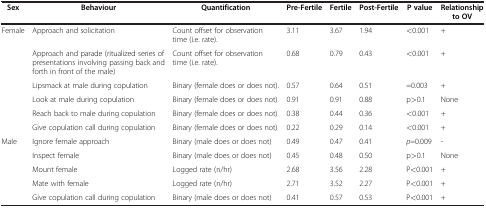
<table><thead><tr><td><b>Sex</b></td><td><b>Behaviour</b></td><td><b>Quantification</b></td><td><b>Pre-Fertile</b></td><td><b>Fertile</b></td><td><b>Post-Fertile</b></td><td><b>P value</b></td><td><b>Relationship to OV</b></td></tr></thead><tbody><tr><td>Female</td><td>Approach and solicitation</td><td>Count offset for observation time (i.e. rate).</td><td>3.11</td><td>3.67</td><td>1.94</td><td>&lt;0.001</td><td>+</td></tr><tr><td> </td><td>Approach and parade (ritualized series of presentations involving passing back and forth in front of the male)</td><td>Count offset for observation time (i.e. rate).</td><td>0.68</td><td>0.79</td><td>0.43</td><td>&lt;0.001</td><td>+</td></tr><tr><td> </td><td>Lipsmack at male during copulation</td><td>Binary (female does or does not).</td><td>0.57</td><td>0.64</td><td>0.51</td><td>=0.003</td><td>+</td></tr><tr><td> </td><td>Look at male during copulation</td><td>Binary (female does or does not)</td><td>0.91</td><td>0.91</td><td>0.88</td><td>p&gt;0.1</td><td>None</td></tr><tr><td> </td><td>Reach back to male during copulation</td><td>Binary (female does or does not)</td><td>0.38</td><td>0.44</td><td>0.36</td><td>&lt;0.001</td><td>+</td></tr><tr><td> </td><td>Give copulation call during copulation</td><td>Binary (female does or does not)</td><td>0.22</td><td>0.29</td><td>0.14</td><td>&lt;0.001</td><td>+</td></tr><tr><td>Male</td><td>Ignore female approach</td><td>Binary (male does or does not)</td><td>0.49</td><td>0.47</td><td>0.41</td><td><i>p</i>=0.009</td><td>-</td></tr><tr><td> </td><td>Inspect female</td><td>Binary (male does or does not)</td><td>0.45</td><td>0.48</td><td>0.50</td><td>p&gt;0.1</td><td>None</td></tr><tr><td> </td><td>Mount female</td><td>Logged rate (n/hr)</td><td>2.68</td><td>3.56</td><td>2.28</td><td>P&lt;0.001</td><td>+</td></tr><tr><td> </td><td>Mate with female</td><td>Logged rate (n/hr)</td><td>2.71</td><td>3.52</td><td>2.27</td><td>P&lt;0.001</td><td>+</td></tr><tr><td> </td><td>Give copulation call during copulation</td><td>Binary (male does or does not)</td><td>0.41</td><td>0.57</td><td>0.53</td><td>P&lt;0.001</td><td>+</td></tr></tbody></table>